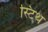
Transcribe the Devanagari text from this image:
स्टिथ